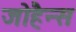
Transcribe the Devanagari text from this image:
जोहैन्स